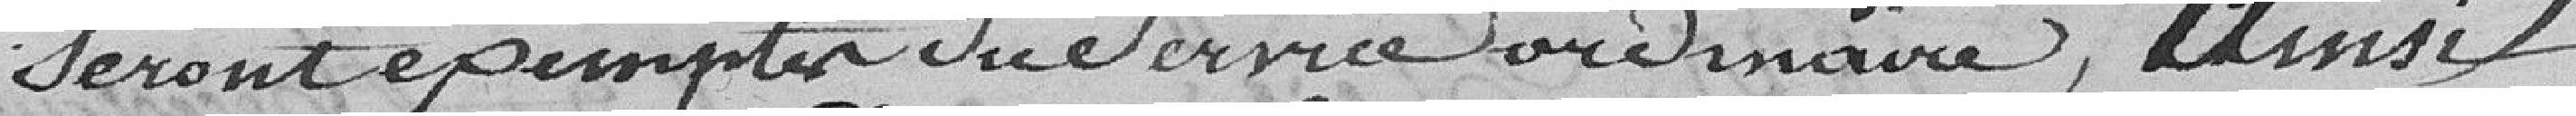
seront exempté du service ordinaire, ainsi